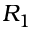
R _ { 1 }